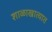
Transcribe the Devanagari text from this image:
शाळाखात्यात